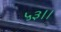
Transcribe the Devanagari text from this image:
५३।।